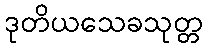
ဒုတိယသေခသုတ္တ